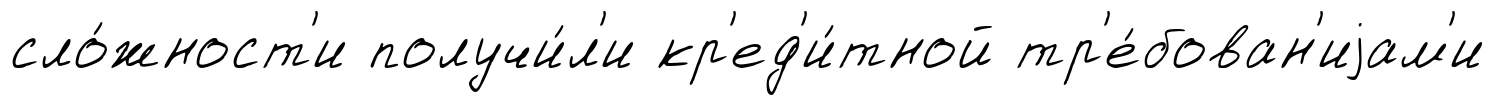
сло́жност'и получи́л'и кр'ед'и́тной тр'е́бован'иjам'и